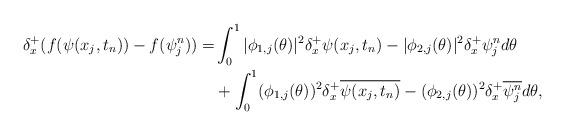
LaTeX: \begin{align*}\delta_x^+ (f(\psi(x_j,t_n)) - f(\psi^n_j)) =& \int_0^1 |\phi_{1,j}(\theta)|^2 \delta_x^+ \psi(x_j,t_n) -|\phi_{2,j}(\theta)|^2 \delta_x^+ \psi^n_j d\theta \\ &+\int_0^1 (\phi_{1,j}(\theta))^2 \delta_x^+ \overline{\psi(x_j,t_n)} - (\phi_{2,j}(\theta))^2 \delta_x^+ \overline{\psi^n_j} d\theta,\end{align*}